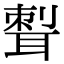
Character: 𦖝